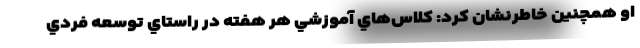
او همچنین خاطرنشان کرد: كلاس‌هاي آموزشي هر هفته در راستاي توسعه فردي